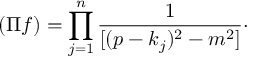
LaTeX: ( \Pi f ) = \prod _ { j = 1 } ^ { n } \frac { 1 } { [ ( p - k _ { j } ) ^ { 2 } - m ^ { 2 } ] } \cdot